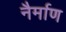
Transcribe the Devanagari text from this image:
नैर्माण